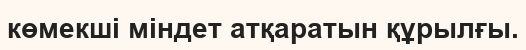
көмекші міндет атқаратын құрылғы.